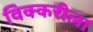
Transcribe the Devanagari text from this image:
विक्करीला